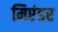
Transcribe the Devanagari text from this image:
मिएंडर